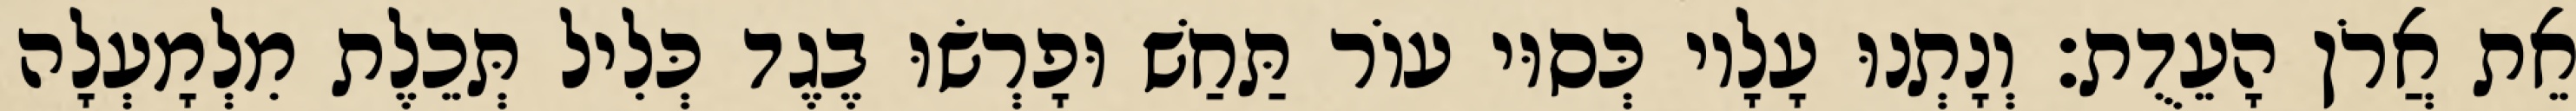
אֵת אֲרֹן הָעֵדֻת׃ וְנָתְנוּ עָלָיו כְּסוּי עוֹר תַּחַשׁ וּפָרְשׂוּ בֶגֶד כְּלִיל תְּכֵלֶת מִלְמָעְלָה